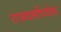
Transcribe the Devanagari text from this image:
राजधर्मोपदेश